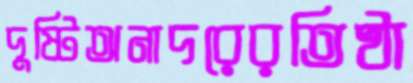
দুষ্টিঅনাদরেরতিষ্ঠা